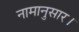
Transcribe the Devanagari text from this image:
नामानुसार।